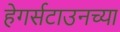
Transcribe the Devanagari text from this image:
हेगर्सटाउनच्या